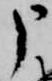
申